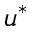
u ^ { * }